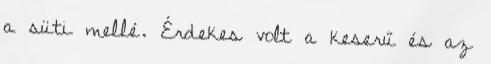
a süti mellé. Érdekes volt a keserű és az